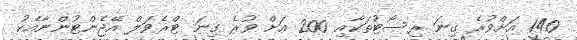
140 އަށްވުރެ ގިނަ ރިސޯޓުތަކާއި 200 އަށް ވުރެ ގިނަ ޓްރެވަލް އޭޖެންޓުންނާއެކު